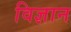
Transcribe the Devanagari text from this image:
विज्ञान